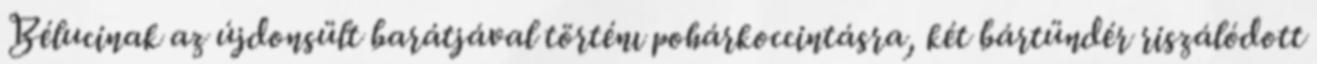
Bélucinak az újdonsült barátjával történı pohárkoccintásra, két bártündér riszálódott